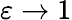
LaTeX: \varepsilon\to 1